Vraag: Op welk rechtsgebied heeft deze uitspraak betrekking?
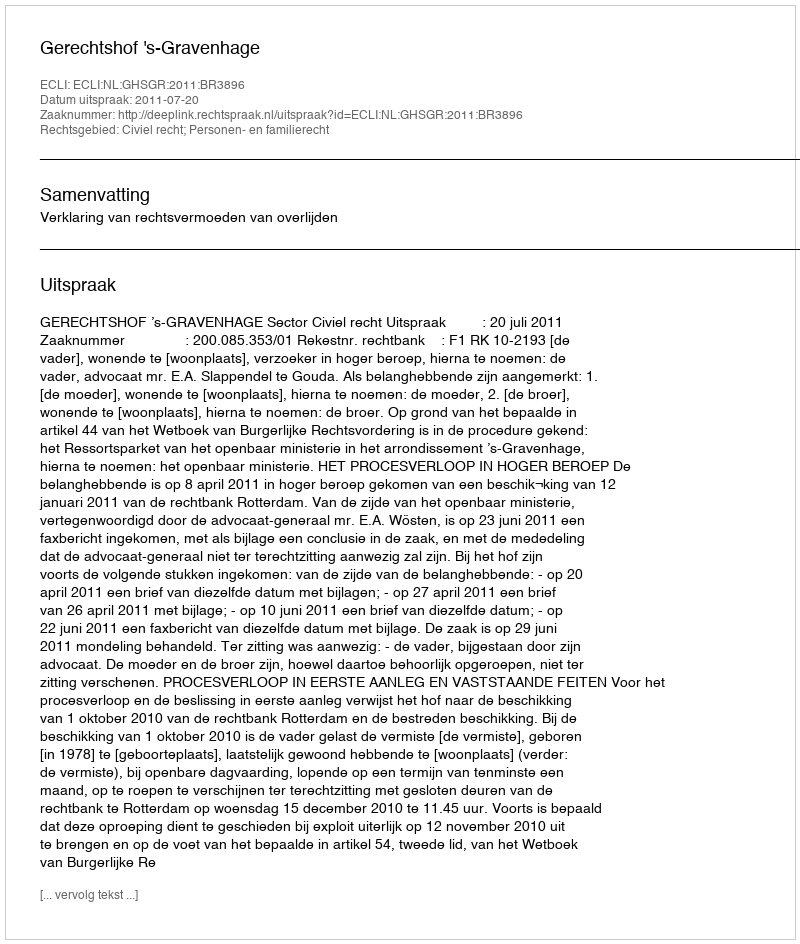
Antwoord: Civiel recht; Personen- en familierecht